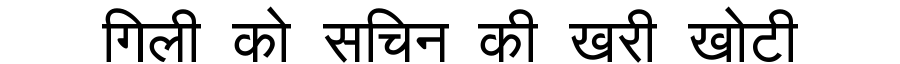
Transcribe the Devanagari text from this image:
गिली को सचिन की खरी खोटी